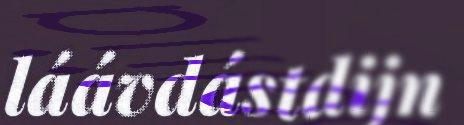
láávdástdijn